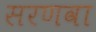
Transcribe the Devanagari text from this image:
सरणवा